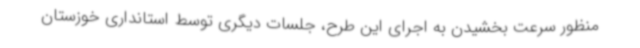
منظور سرعت بخشیدن به اجرای این طرح، جلسات دیگری توسط استانداری خوزستان